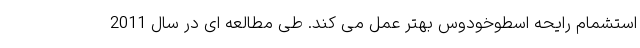
استشمام رایحه اسطوخودوس بهتر عمل می کند. طی مطالعه ای در سال 2011